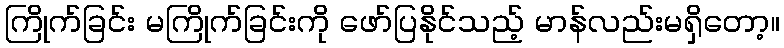
ကြိုက်ခြင်း မကြိုက်ခြင်းကို ဖော်ပြနိုင်သည့် မာန်လည်းမရှိတော့။